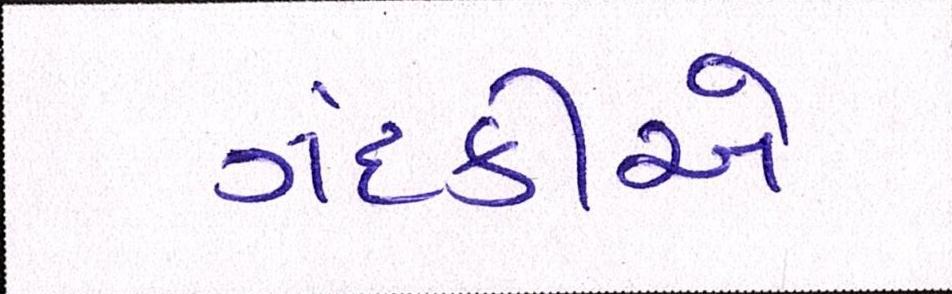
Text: ગંદકીએ